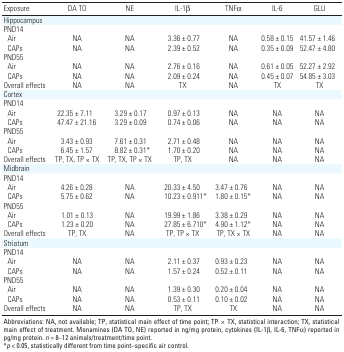
<table><thead><tr><td><b>Exposure</b></td><td><b>DA TO</b></td><td><b>NE</b></td><td><b>IL-1β</b></td><td><b>TNFα</b></td><td><b>IL-6</b></td><td><b>GLU</b></td></tr></thead><tbody><tr><td><b>Hippocampus</b></td></tr><tr><td><b>PND14</b></td></tr><tr><td><b>Air</b></td><td>NA</td><td>NA</td><td>3.36 ± 0.77</td><td>NA</td><td>0.58 ± 0.15</td><td>41.57 ± 1.46</td></tr><tr><td><b>CAPs</b></td><td>NA</td><td>NA</td><td>2.39 ± 0.52</td><td>NA</td><td>0.35 ± 0.09</td><td>52.47 ± 4.80</td></tr><tr><td><b>PND55</b></td></tr><tr><td><b>Air</b></td><td>NA</td><td>NA</td><td>2.76 ± 0.16</td><td>NA</td><td>0.61 ± 0.05</td><td>52.27 ± 2.92</td></tr><tr><td><b>CAPs</b></td><td>NA</td><td>NA</td><td>2.09 ± 0.24</td><td>NA</td><td>0.45 ± 0.07</td><td>54.85 ± 3.03</td></tr><tr><td><b>Overall effects</b></td><td>NA</td><td>NA</td><td>TX</td><td>NA</td><td>TX</td><td>TX</td></tr><tr><td><b>Cortex</b></td></tr><tr><td><b>PND14</b></td></tr><tr><td><b>Air</b></td><td>22.35 ± 7.11</td><td>3.29 ± 0.17</td><td>0.97 ± 0.13</td><td>NA</td><td>NA</td><td>NA</td></tr><tr><td><b>CAPs</b></td><td>47.47 ± 21.16</td><td>3.29 ± 0.09</td><td>0.74 ± 0.06</td><td>NA</td><td>NA</td><td>NA</td></tr><tr><td><b>PND55</b></td></tr><tr><td><b>Air</b></td><td>3.43 ± 0.93</td><td>7.61 ± 0.31</td><td>2.71 ± 0.48</td><td>NA</td><td>NA</td><td>NA</td></tr><tr><td><b>CAPs</b></td><td>6.45 ± 1.57</td><td>8.82 ± 0.31*</td><td>1.70 ± 0.20</td><td>NA</td><td>NA</td><td>NA</td></tr><tr><td><b>Overall effects</b></td><td>TP, TX, TP × TX</td><td>TP, TX, TP × TX</td><td>TP, TX</td><td>NA</td><td>NA</td><td>NA</td></tr><tr><td><b>Midbrain</b></td></tr><tr><td><b>PND14</b></td></tr><tr><td><b>Air</b></td><td>4.26 ± 0.28</td><td>NA</td><td>20.33 ± 4.50</td><td>3.47 ± 0.76</td><td>NA</td><td>NA</td></tr><tr><td><b>CAPs</b></td><td>5.75 ± 0.62</td><td>NA</td><td>10.23 ± 0.911*</td><td>1.80 ± 0.15*</td><td>NA</td><td>NA</td></tr><tr><td><b>PND55</b></td></tr><tr><td><b>Air</b></td><td>1.01 ± 0.13</td><td>NA</td><td>19.99 ± 1.86</td><td>3.38 ± 0.29</td><td>NA</td><td>NA</td></tr><tr><td><b>CAPs</b></td><td>1.23 ± 0.20</td><td>NA</td><td>27.85 ± 6.710*</td><td>4.90 ± 1.12*</td><td>NA</td><td>NA</td></tr><tr><td><b>Overall effects</b></td><td>TP, TX</td><td>NA</td><td>TP, TP × TX</td><td>TP, TX × TX</td><td>NA</td><td>NA</td></tr><tr><td><b>Striatum</b></td></tr><tr><td><b>PND14</b></td></tr><tr><td><b>Air</b></td><td>NA</td><td>NA</td><td>2.11 ± 0.37</td><td>0.93 ± 0.23</td><td>NA</td><td>NA</td></tr><tr><td><b>CAPs</b></td><td>NA</td><td>NA</td><td>1.57 ± 0.24</td><td>0.52 ± 0.11</td><td>NA</td><td>NA</td></tr><tr><td><b>PND55</b></td></tr><tr><td><b>Air</b></td><td>NA</td><td>NA</td><td>1.39 ± 0.30</td><td>0.20 ± 0.04</td><td>NA</td><td>NA</td></tr><tr><td><b>CAPs</b></td><td>NA</td><td>NA</td><td>0.53 ± 0.11</td><td>0.10 ± 0.02</td><td>NA</td><td>NA</td></tr><tr><td><b>Overall effects</b></td><td>NA</td><td>NA</td><td>TP, TX</td><td>TX</td><td>NA</td><td>NA</td></tr><tr><td colspan="7">Abbreviations: NA, not available; TP, statistical main effect of time point; TP × TX, statistical interaction; TX, statistical main effect of treatment. Monamines (DA TO, NE) reported in ng/mg protein, cytokines (IL-1β, IL-6, TNFα) reported in pg/mg protein. <i>n</i> = 8–12 animals/treatment/time point. *<i>p</i> &lt; 0.05, statistically different from time point–specific air control.</td></tr></tbody></table>